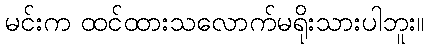
မင်းက ထင်ထားသလောက်မရိုးသားပါဘူး။